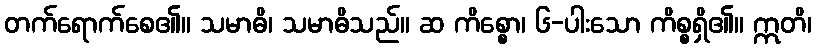
တက်ရောက်စေ၏။ သမာဓိ၊ သမာဓိသည်။ ဆ ကိစ္စော၊ ၆-ပါးသော ကိစ္စရှိ၏။ ဣတိ၊